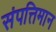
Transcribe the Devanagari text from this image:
संपत्तिमान